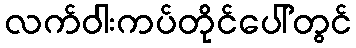
လက်ဝါးကပ်တိုင်ပေါ်တွင်